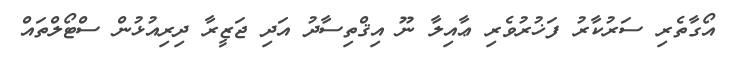
އޯގާތެރި ސަރުކާރު ފަޚުރުވެރި ޢާއިލާ ނޫ އިޤްތިސާދު އަދި ޖަޒީރާ ދިރިއުޅުން ސްޓޯލްތައް